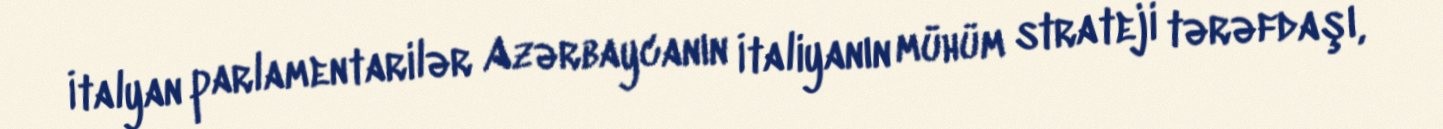
İtalyan parlamentarilər Azərbaycanın İtaliyanın mühüm strateji tərəfdaşı,